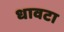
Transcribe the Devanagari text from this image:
धावटा